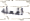
لفعله